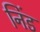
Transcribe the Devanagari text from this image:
निंड